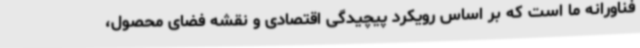
فناورانه ما است که بر اساس رویکرد پیچیدگی اقتصادی و نقشه فضای محصول،